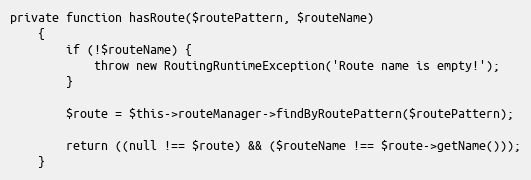
Language: PHP
private function hasRoute($routePattern, $routeName)
    {
        if (!$routeName) {
            throw new RoutingRuntimeException('Route name is empty!');
        }

        $route = $this->routeManager->findByRoutePattern($routePattern);

        return ((null !== $route) && ($routeName !== $route->getName()));
    }